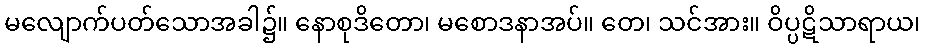
မလျောက်ပတ်သောအခါ၌။ နောစုဒိတော၊ မစောဒနာအပ်။ တေ၊ သင်အား။ ဝိပ္ပဋိသာရာယ၊